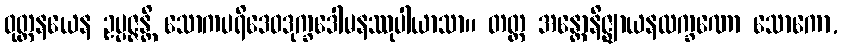
ဝုတ္တနယေန ဥပ္ပဇ္ဇန္တိ သောကပရိဒေဝဒုက္ခဒေါမနဿုပါယာသာ။ တတ္ထ အန္တောနိဇ္ဈာယနလက္ခဏော သောကော,